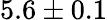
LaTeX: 5.6\pm 0.1